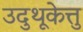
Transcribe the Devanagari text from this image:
उदुथूकेत्तु